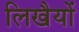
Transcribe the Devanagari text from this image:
लिखैयों